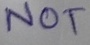
Text: NOT